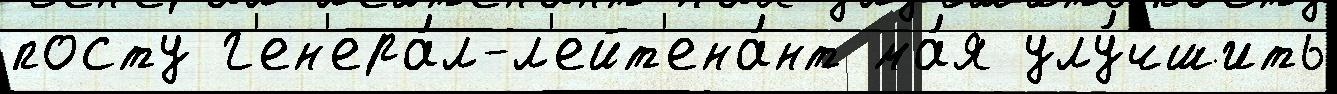
посту г'ен'ера́л-л'ейт'ена́нт ма́я улу́чшить